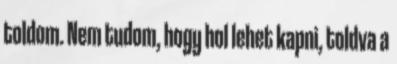
toldom. Nem tudom, hogy hol lehet kapni, toldva a